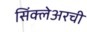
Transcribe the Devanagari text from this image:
सिंक्लेअरची